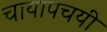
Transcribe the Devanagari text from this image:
चायापचयी